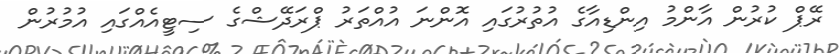
ރޭޕް ކުރުން އާންމު އިންޑިއާގެ އުތުރުގައި އޮންނަ އުއްތަރު ޕްރަދޭޝްގެ ސިޓީއެއްގައި އުމުރުން